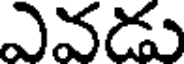
ఎవడు